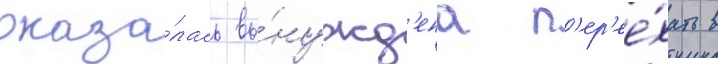
оказа́лась вы́нужд'ена п'ер'ее́хать в